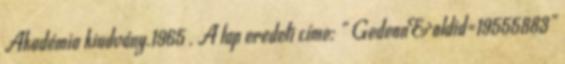
Akadémia kiadvány.1965 . A lap eredeti címe: „ Gedeon&oldid=19555883”